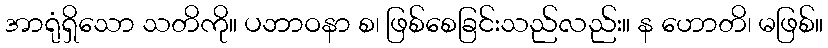
အာရုံရှိသော သတိကို။ ပဘာဝနာ စ၊ ဖြစ်စေခြင်းသည်လည်း။ န ဟောတိ၊ မဖြစ်။